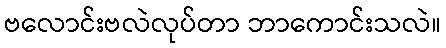
ဗလောင်းဗလဲလုပ်တာ ဘာကောင်းသလဲ။